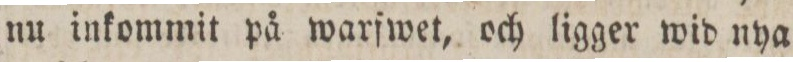
nu inkommit på warſwet, och ligger wid nya